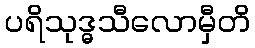
ပရိသုဒ္ဓသီလောမှီတိ